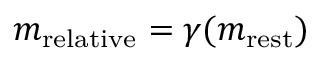
m _ { \mathrm { r e l a t i v e } } = \gamma ( m _ { \mathrm { r e s t } } )